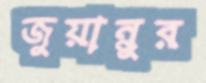
জুয়ান্নুর